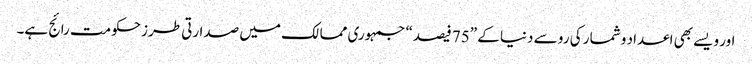
اور ویسے بھی اعداد و شمار کی رو سے دنیا کے ”75 فیصد“ جمہوری ممالک میں صدارتی طرز حکومت رائج ہے۔